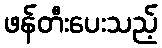
ဖန်တီးပေးသည့်